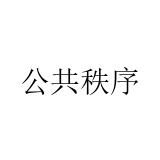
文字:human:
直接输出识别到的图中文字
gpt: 公共秩序